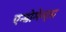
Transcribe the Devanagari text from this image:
एन्डोमेन्ट्‌स